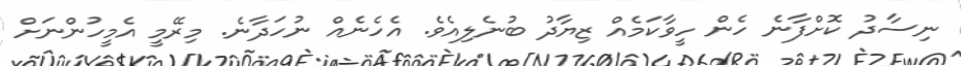
ނިސާދު ކޮށްފާނެ ހެން ހީވާކަމެއް ޒިޔާދު ބުނެލިއެވެ. އެހެނެއް ނުހަދާނެ. މިރޭމީ އެމީހުންނަށް